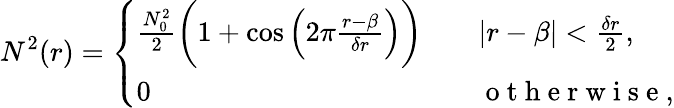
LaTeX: N^{2}(r)=\left\{ \begin{array}{ll}{\frac{N_{0}^{2}}{2}\bigg(1+\cos\Big(2\pi\frac{r-\beta}{\delta r}\Big)\bigg)\quad}&{|r-\beta|<\frac{\delta r}{2},}\\ {0\quad}&{\mathrm{~o~t~h~e~r~w~i~s~e~},}\end{array}\right.